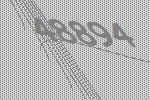
48894